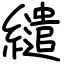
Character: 繾